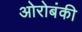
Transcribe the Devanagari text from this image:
ओरोबंकी